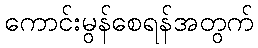
ကောင်းမွန်စေရန်အတွက်